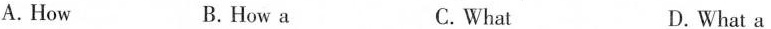
A.How B. How a C.What D. What a